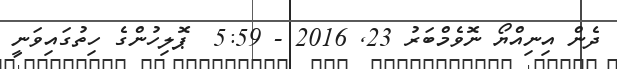
ދެން އިނިއްޔޯ ނޮވެމްބަރު 23